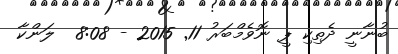
ބުނާނީ ދެތިކި ޕީ ނޮވެމްބަރު 11